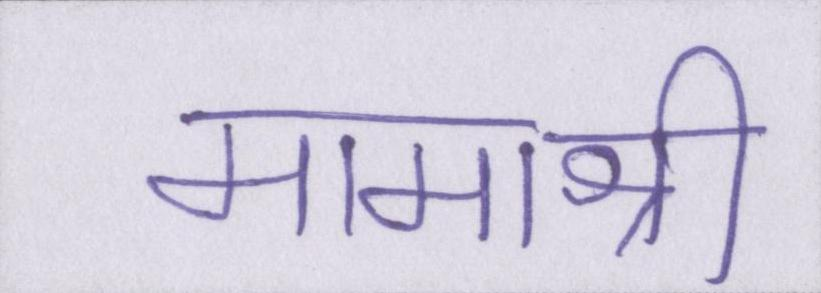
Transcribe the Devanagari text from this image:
मामाश्री